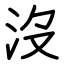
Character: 沒